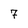
Character: 7